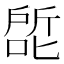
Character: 𰈕